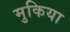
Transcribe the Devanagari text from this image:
मुकिया